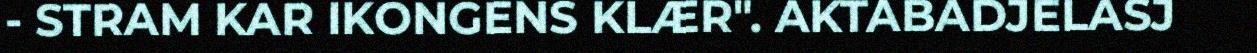
- STRAM KAR IKONGENS KLÆR". AKTABADJELASJ